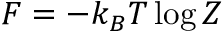
F = - k _ { B } T \log Z